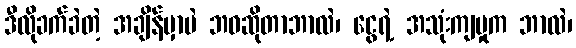
ဒီလိုခက်ခဲတဲ့ အချိန်မှာပဲ ဘဝဆိုတာဘာလဲ၊ ငွေရဲ့ အသုံးကျမှုက ဘာလဲ၊